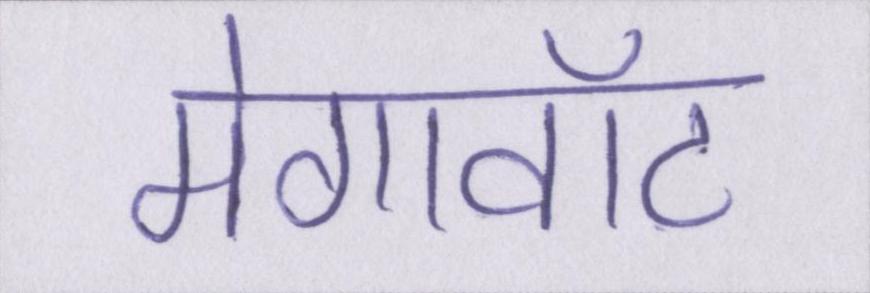
मेगावॉट